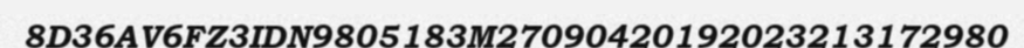
8D36AV6FZ3IDN9805183M27090420192023213172980